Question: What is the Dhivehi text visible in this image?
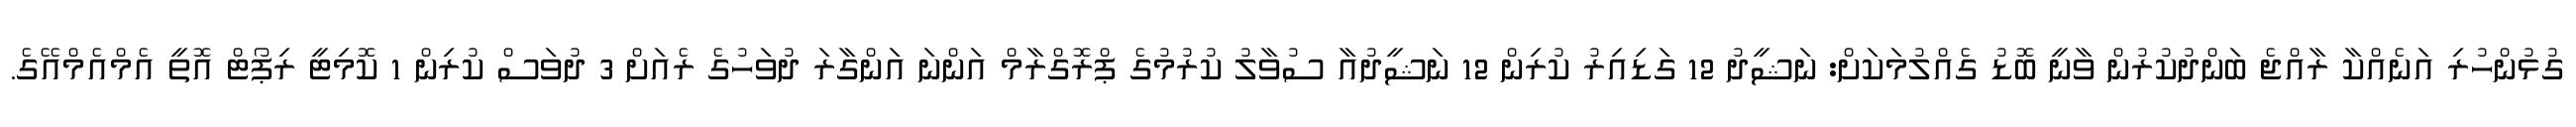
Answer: ގުޅުންހުރި އަނެއްކާ ރާއްޖެ ބަންދުކުރުން ވާނީ ބޮޑު ގެއްލުމަކަށް: ނަޝީދު 12 ގަޑިއިރު ކުރިން 12 ނަޝީދުއާ ސުވާލު ކުރުމުގެ ޕްރޮގްރާމް އަންނަ އަންގާރަ ދުވަހުގެ ރެއަށް 3 ދުވަސް ކުރިން 1 ކޮމިޓީ ރިޕޯޓް އޮތީ އެމްއެމްއޭގެ.